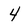
Character: 4